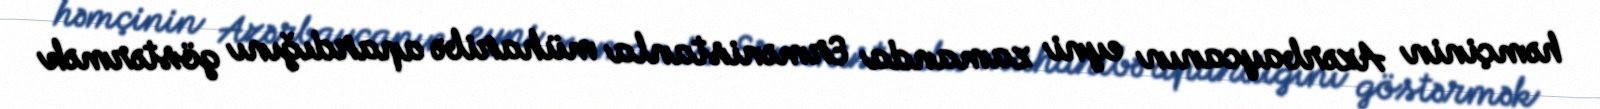
həmçinin Azərbaycanın eyni zamanda Ermənistanla müharibə apardığını göstərmək